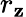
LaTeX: r_{\mathbf{z}}